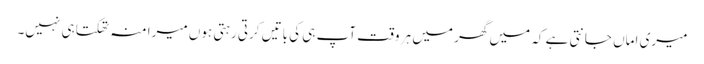
میری اماں جانتی ہے کہ میں گھر میں ہر وقت آپ ہی کی باتیں کرتی رہتی ہوں میرا منہ تھکتا ہی نہیں۔